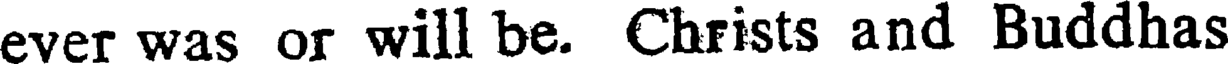
ever was or will be. Christs and Buddhas